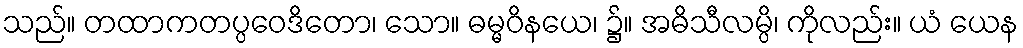
သည်။ တထာကတပ္ပဝေဒိတော၊ သော။ ဓမ္မဝိနယေ၊ ၌။ အဓိသီလမ္ပိ၊ ကိုလည်း။ ယံ ယေန